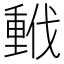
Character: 𫼂